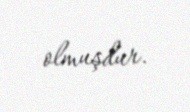
olmuşdur.